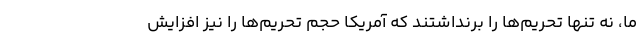
ما، نه تنها تحریم‌ها را برنداشتند که آمریکا حجم تحریم‌ها را نیز افزایش